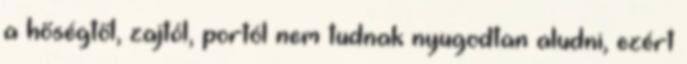
a hőségtől, zajtól, portól nem tudnak nyugodtan aludni, ezért